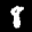
Label: 8